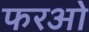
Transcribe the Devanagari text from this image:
फरओ